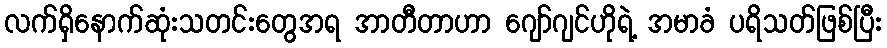
လက်ရှိနောက်ဆုံးသတင်းတွေအရ အာတီတာဟာ ဂျော်ဂျင်ဟိုရဲ့ အမာခံ ပရိသတ်ဖြစ်ပြီး